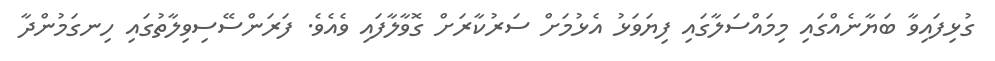
ގުޅިފައިވާ ބަޔާނެއްގައި މިމައްސަލާގައި ފިޔަވަޅު އެޅުމަށް ސަރުކާރަށް ގޮވާލާފައި ވެއެވެ. ފަރަންސޭސިވިލާތުގައި ހިނގަމުންދާ